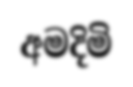
අමදිමි